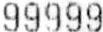
99999